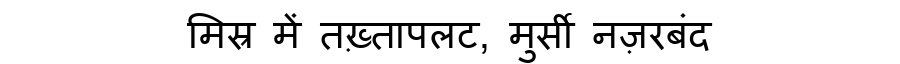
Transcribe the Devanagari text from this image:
मिस्र में तख़्तापलट, मुर्सी नज़रबंद